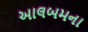
આલબમના